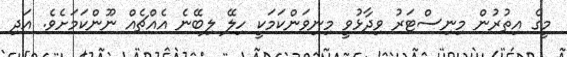
މީގެ އިތުރުން މިނިސްޓަރު ވިދާޅުވީ މިނިވަންކަމަކީ ހިލޭ ލިބޭނެ އެއްޗެއް ނޫންކަމަށެވެ. އަދި